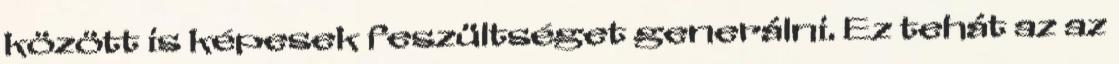
között is képesek feszültséget generálni. Ez tehát az az